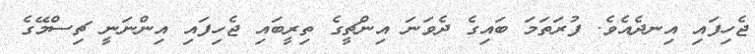
ޖެހިފައި އިނދެއެވެ. ފުރަތަމަ ބައިގެ ދެވަނަ އިންޗީގެ ތިރީބައި ޖެހިފައި އިންނަނީ ޗިސްމޭގެ